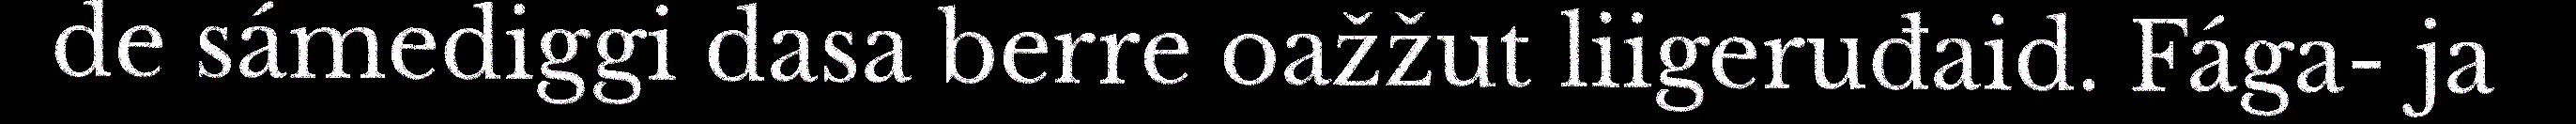
de sámediggi dasa berre oažžut liigeruđaid. Fága- ja